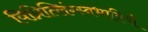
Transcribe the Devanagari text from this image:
विप्रित्लिंग्स्वभावियों